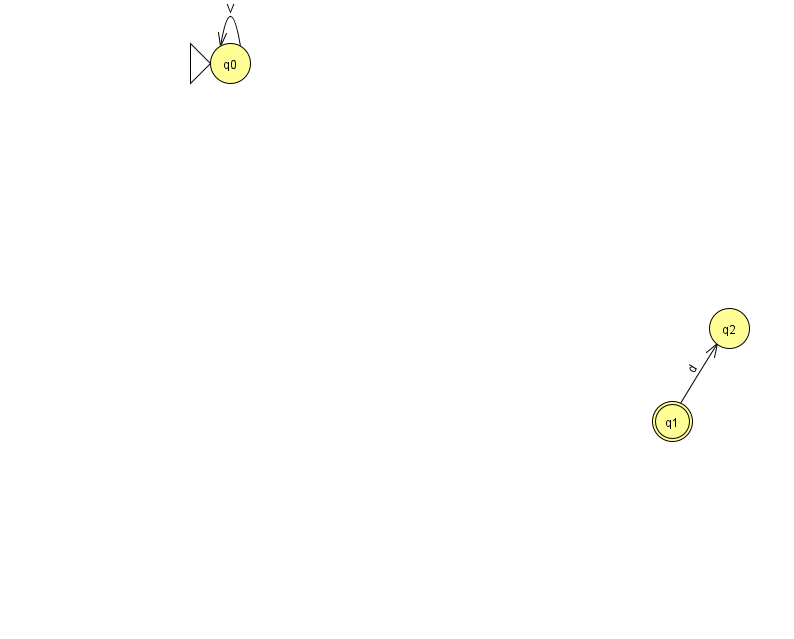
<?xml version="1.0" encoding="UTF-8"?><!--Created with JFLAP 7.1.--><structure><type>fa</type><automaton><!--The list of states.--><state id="0" name="q0"><x>230.0</x><y>50.0</y><initial/></state><state id="1" name="q1"><x>672.0</x><y>408.0</y><final/></state><state id="2" name="q2"><x>729.0</x><y>315.0</y></state><!--The list of transitions.--><transition><from>1</from><to>2</to><read>d</read></transition><transition><from>0</from><to>0</to><read>V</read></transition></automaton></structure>